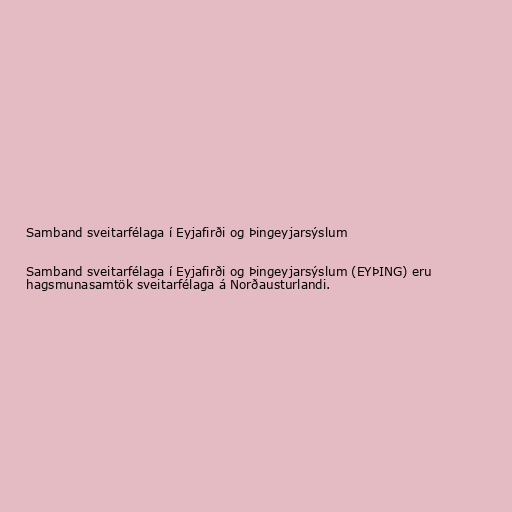
Samband sveitarfélaga í Eyjafirði og Þingeyjarsýslum

Samband sveitarfélaga í Eyjafirði og Þingeyjarsýslum (EYÞING) eru
hagsmunasamtök sveitarfélaga á Norðausturlandi.